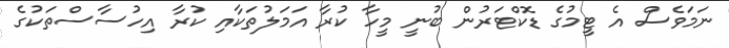
ނަމަވެސް އެ ޓީމުގެ ޑޮކްޓަރުން ބުނީ މީހާ ކުރާ އަމަލުތަކާއި ކުރާ އިހުސާސްތަކުގެ